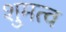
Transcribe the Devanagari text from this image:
शुमत्व